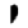
Digit: 1